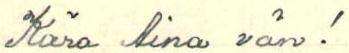
Kära Aina vän!